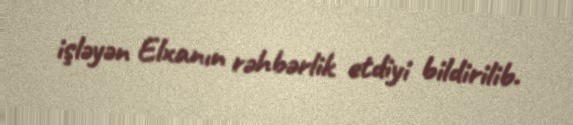
işləyən Elxanın rəhbərlik etdiyi bildirilib.